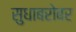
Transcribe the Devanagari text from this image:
सुधाबरोबर